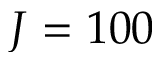
J = 1 0 0